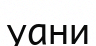
уани